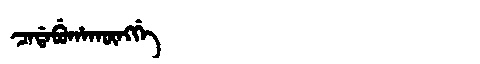
Manchu: ᠴᠠᡩᠠᠪᡠᡥᠠᡴᡡᠩᡤᡝ
Romanization: CADABUHAKŪNGGE